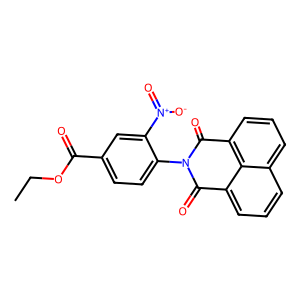
SMILES: CCOC(=O)c1ccc(N2C(=O)c3cccc4cccc(c34)C2=O)c([N+](=O)[O-])c1
Inhibits HIV replication: No